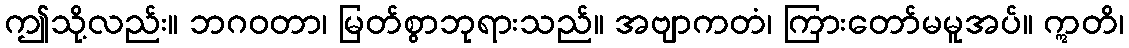
ဤသို့လည်း။ ဘဂဝတာ၊ မြတ်စွာဘုရားသည်။ အဗျာကတံ၊ ကြားတော်မမူအပ်။ ဣတိ၊